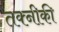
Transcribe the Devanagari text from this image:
तक्नीकी